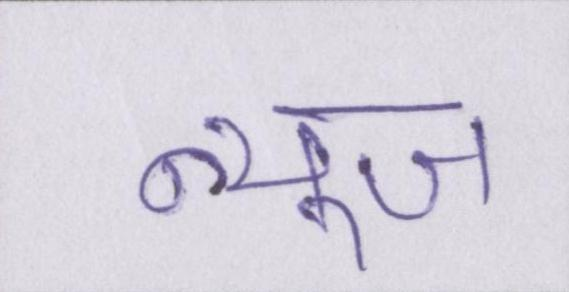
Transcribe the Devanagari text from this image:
न्यूज